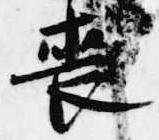
喪